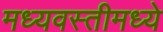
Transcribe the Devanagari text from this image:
मध्यवस्तीमध्ये